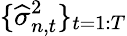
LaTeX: \lbrace\widehat{\sigma}_{n,t}^{2}\rbrace_{t=1:T}